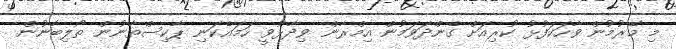
މި މޭރުމުން ވާހަކަފުޅު ކުރިއަށް ގެންދަވަމުން އިމްރާން ވިދާޅުވީ ހަމައެކަނި ޕާކިސްތާނުން ތޯލިބާނުން